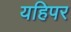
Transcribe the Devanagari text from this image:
यहिपर